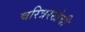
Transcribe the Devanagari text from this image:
चरित्ररेखेची